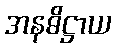
အနဓိဋ္ဌာယ